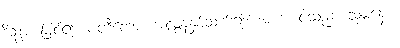
ဒိသွာ၊ မြင်၍။ ပတီတော၊ အလွန်နှစ်သက်၍။ အဟံ၊ ငါသည်။ သုမနော၊